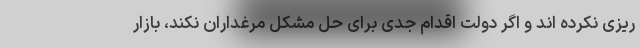
ریزی نکرده اند و اگر دولت اقدام جدی برای حل مشکل مرغداران نکند، بازار